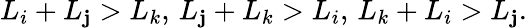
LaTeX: L_{i}+L_{\mathbf{j}}>L_{k},\, L_{\mathbf{j}}+L_{k}>L_{i},\, L_{k}+L_{i}>L_{\mathbf{j}}.